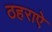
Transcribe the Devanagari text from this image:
ठहराऐ